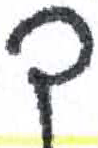
אות: ך